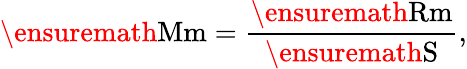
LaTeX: \ensuremath\mathrm{{Mm}}={\frac{\ensuremath\mathrm{{Rm}}}{\ensuremath\mathrm{{S}}}},